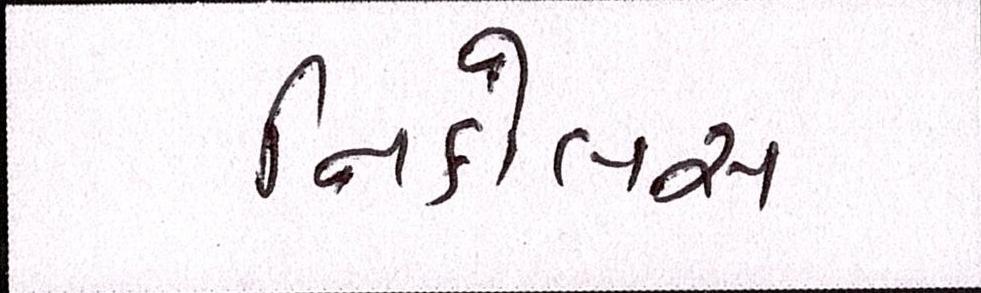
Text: નિકોલસ